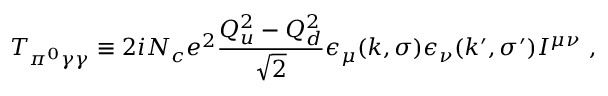
{ \cal T } _ { \pi ^ { 0 } \gamma \gamma } \equiv 2 i N _ { c } e ^ { 2 } \frac { Q _ { u } ^ { 2 } - Q _ { d } ^ { 2 } } { \sqrt { 2 } } \epsilon _ { \mu } ( k , \sigma ) \epsilon _ { \nu } ( k ^ { \prime } , \sigma ^ { \prime } ) I ^ { \mu \nu } ~ ,